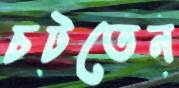
চটতেন